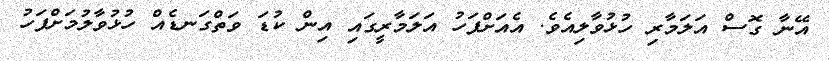
އޭނާ ގޮސް އަލަމާރި ހުޅުވާލިއެވެ. އެއަށްފަހު އަލަމާރީގައި އިން ކުޑަ ވަތްގަނޑެއް ހުޅުވާލުމަށްފަހު